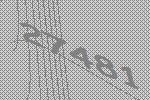
27481